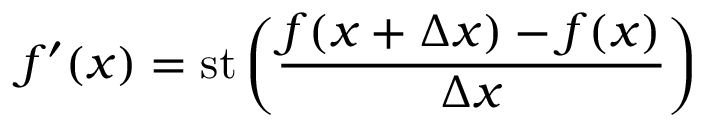
f ^ { \prime } ( x ) = \mathrm { { s t } } \left( { \frac { f ( x + \Delta x ) - f ( x ) } { \Delta x } } \right)